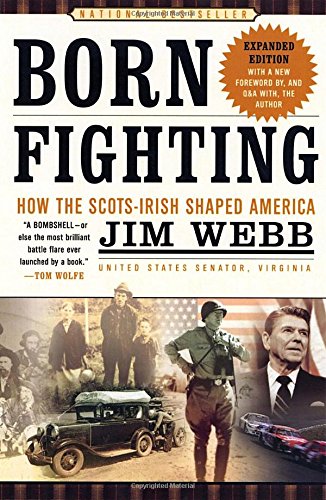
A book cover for Born Fighting: How the Scots-Irish Shaped America; Jim Webb; History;